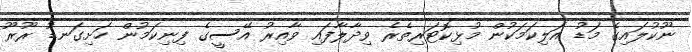
ނޫކުލައިގެ މަޑު އަލިކަމަކުން މުޅިކޮޓަރިތެރެ ވިދާލާފައި ވާއިރު އޭސީގެ ފިނިކަމުން ހަށިގަނޑު ރޫރޫ